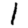
Digit: 1